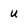
Character: U